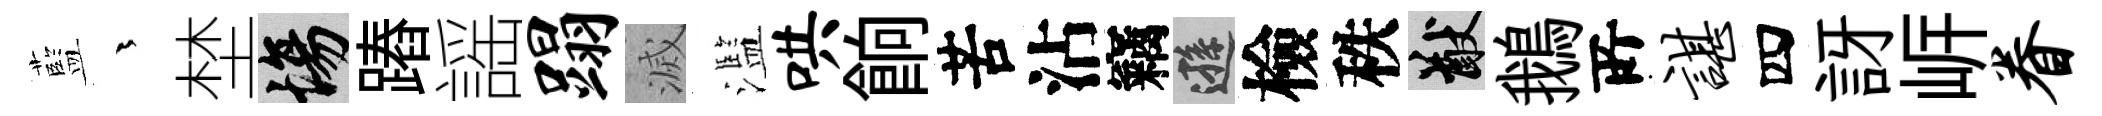
藍茫埜場蹖謡蹋滅濫哄餉苦沾竊遜檢秩猷鵝𠩄谌四訝㟁眷